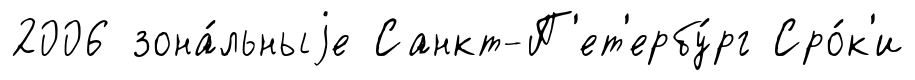
2006 зона́льныjе Санкт-П'ет'ербу́рг Сро́к'и